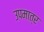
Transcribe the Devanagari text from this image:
उपमात्र